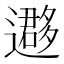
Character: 𨘂